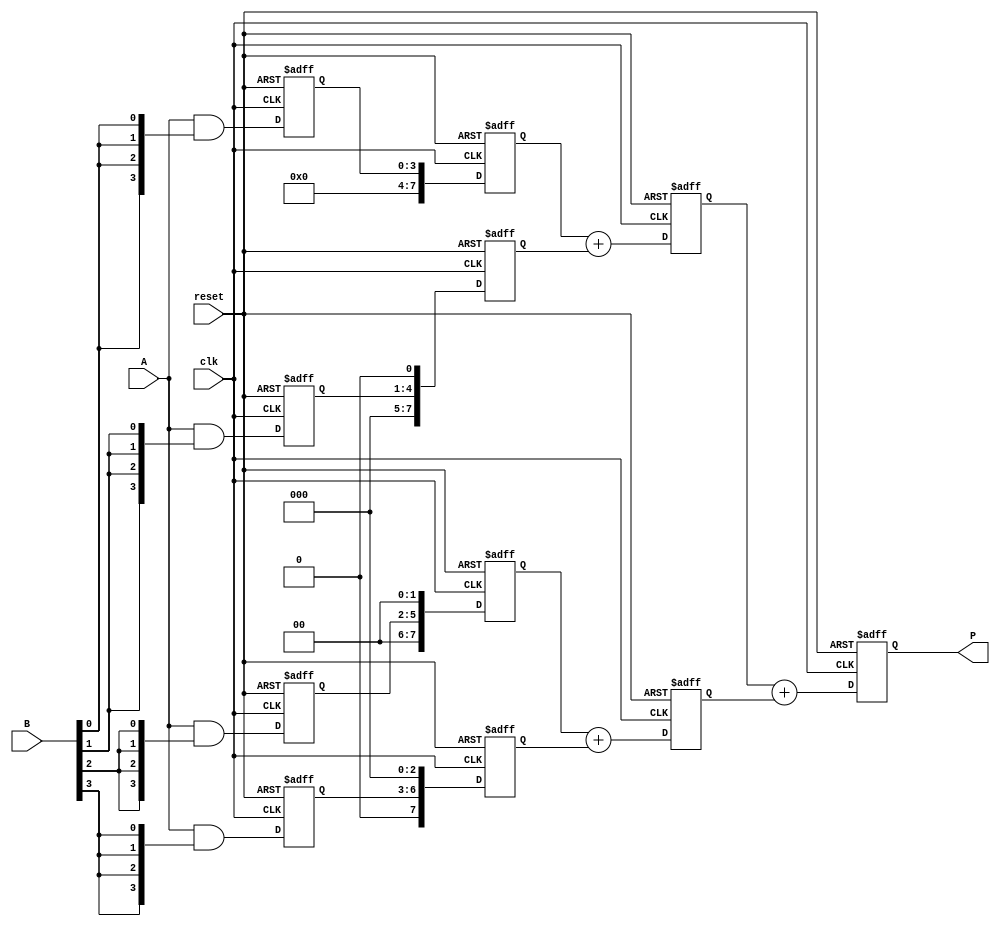
module pipelined_multiplier_4bit (
    input clk,
    input reset,
    input [3:0] A,  // 4-bit input A
    input [3:0] B,  // 4-bit input B
    output reg [7:0] P  // 8-bit output Product
);

    reg [3:0] A_reg1, B_reg1;
    reg [3:0] pp0_reg1, pp1_reg1, pp2_reg1, pp3_reg1;
    reg [7:0] sum0_reg2, sum1_reg2, sum2_reg2, sum3_reg2;
    reg [7:0] temp1_reg3, temp2_reg3;

    // Stage 1: Generate partial products
    always @(posedge clk or posedge reset) begin
        if (reset) begin
            A_reg1 <= 4'b0;
            B_reg1 <= 4'b0;
            pp0_reg1 <= 4'b0;
            pp1_reg1 <= 4'b0;
            pp2_reg1 <= 4'b0;
            pp3_reg1 <= 4'b0;
        end else begin
            A_reg1 <= A;
            B_reg1 <= B;
            pp0_reg1 <= A & {4{B[0]}};
            pp1_reg1 <= A & {4{B[1]}};
            pp2_reg1 <= A & {4{B[2]}};
            pp3_reg1 <= A & {4{B[3]}};
        end
    end

    // Stage 2: Shift the partial products
    always @(posedge clk or posedge reset) begin
        if (reset) begin
            sum0_reg2 <= 8'b0;
            sum1_reg2 <= 8'b0;
            sum2_reg2 <= 8'b0;
            sum3_reg2 <= 8'b0;
        end else begin
            sum0_reg2 <= {4'b0000, pp0_reg1};
            sum1_reg2 <= {3'b000, pp1_reg1, 1'b0};
            sum2_reg2 <= {2'b00, pp2_reg1, 2'b00};
            sum3_reg2 <= {1'b0, pp3_reg1, 3'b000};
        end
    end

    // Stage 3: Sum the partial products
    always @(posedge clk or posedge reset) begin
        if (reset) begin
            temp1_reg3 <= 8'b0;
            temp2_reg3 <= 8'b0;
            P <= 8'b0;
        end else begin
            temp1_reg3 <= sum0_reg2 + sum1_reg2;
            temp2_reg3 <= sum2_reg2 + sum3_reg2;
            P <= temp1_reg3 + temp2_reg3;
        end
    end

endmodule